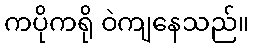
ကပိုကရို ဝဲကျနေသည်။